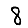
Digit: 8